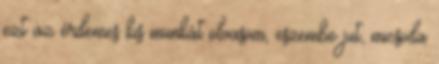
ezt az érdemes kis munkát olvasom, eszembe jut, micsoda